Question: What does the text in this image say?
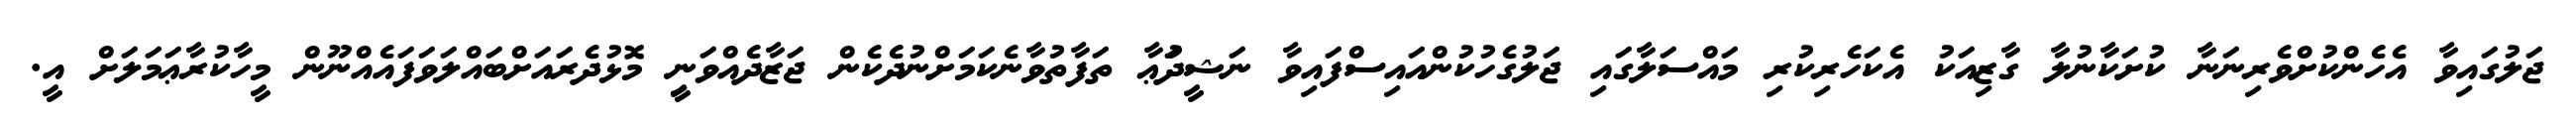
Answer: ޖަލުގައިވާ އެހެންކުށްވެރިނަނާ ކުށަކާނުލާ ގާޒިއަކު އެކަހެރިކުރި މައްސަލާގައި ޖަލުގެހުކުންއައިސްފައިވާ ނަޝީދުަޢާ ތަފާތުވާނެކަމަށްނުދެކެން ޖަޒާދެއްވަނިީ މޮޅުދެރައަށްބައްލަވަފައެއްނޫން މީހާކުރާޢަމަލަށް އީ.